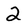
Character: 2